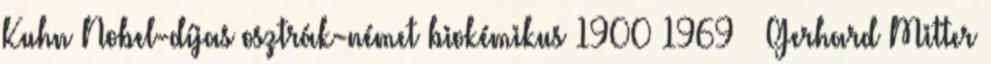
Kuhn Nobel-díjas osztrák-német biokémikus 1900 1969 – Gerhard Mitter